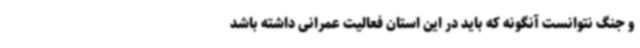
و جنگ نتوانست آنگونه که باید در این استان فعالیت عمرانی داشته باشد